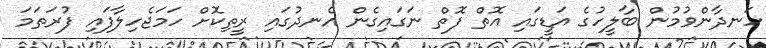
ހަނދާންވުމުން ބާލީހުގެ އަޑީގައި އޮތް ފޮތް ނަގައިގެން އެނދުގައި ރީިތިކޮށް ހަމަޖެހިލާފައި ފުރަތަމަ